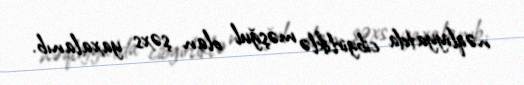
nəqliyyatda cibgirliklə məşğul olan şəxs yaxalanıb.